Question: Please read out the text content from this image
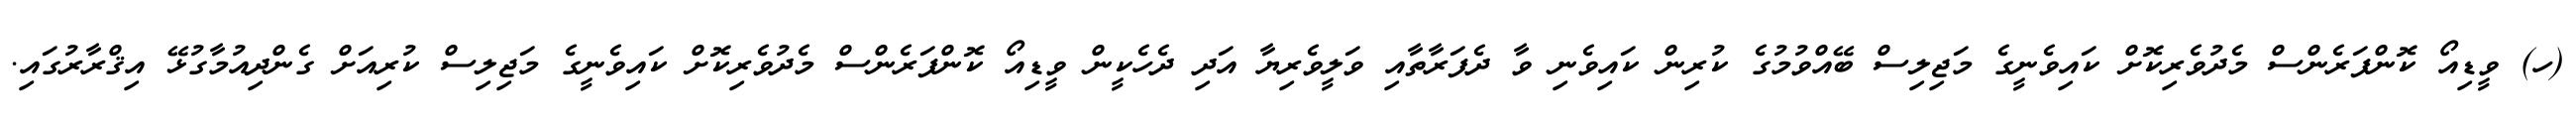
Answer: (ހ) ވީޑިއޯ ކޮންފަރެންސް މެދުވެރިކޮށް ކައިވެނީގެ މަޖިލިސް ބޭއްވުމުގެ ކުރިން ކައިވެނި ވާ ދެފަރާތާއި ވަލީވެރިޔާ އަދި ދެހެކީން ވީޑިއޯ ކޮންފަރެންސް މެދުވެރިކޮށް ކައިވެނީގެ މަޖިލިސް ކުރިއަށް ގެންދިއުމާގުޅޭ އިޤްރާރުގައި.